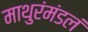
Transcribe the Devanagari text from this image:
माथुरंमंडलं